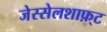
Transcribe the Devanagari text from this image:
जेस्सेलशाफ़्ट